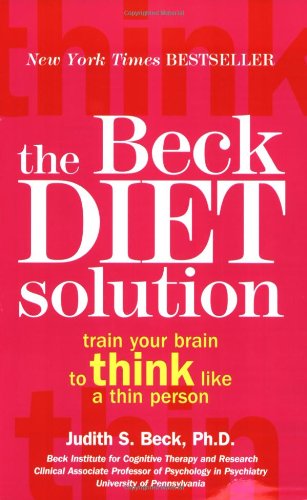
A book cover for The Beck Diet Solution: Train Your Brain to Think Like a Thin Person; Judith S. Beck; Health, Fitness & Dieting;